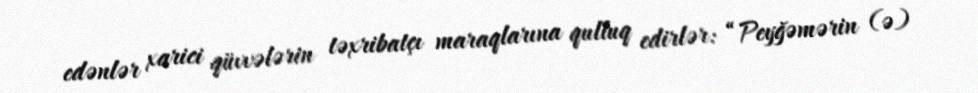
edənlər xarici qüvvələrin təxribatçı maraqlarına qulluq edirlər: “Peyğəmərin (ə)